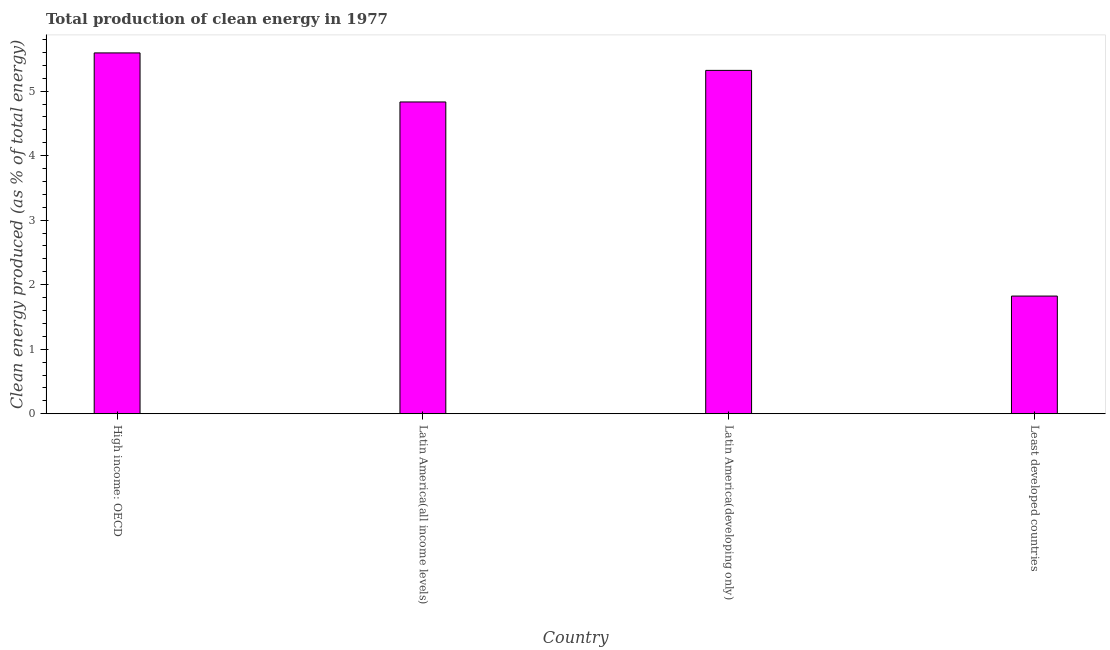
| Country | Alternative and nuclear energy |
 | --- | --- |
 | High income: OECD | 5.59 |
 | Latin America(all income levels) | 4.83 |
 | Latin America(developing only) | 5.32 |
 | Least developed countries | 1.82 |